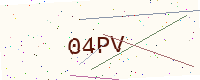
Text: 04PV